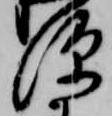
深